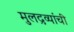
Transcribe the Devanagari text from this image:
मुलद्रव्यांची